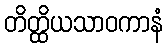
တိတ္ထိယသာဝကာနံ